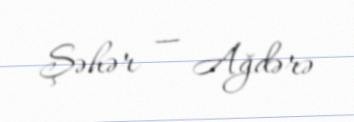
Şəhər — Ağdərə